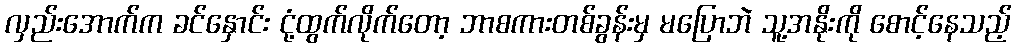
လှည်းအောက်က ခင်နှောင်း ငုံ့ထွက်လိုက်တော့ ဘာစကားတစ်ခွန်းမှ မပြောဘဲ သူ့အနိုးကို စောင့်နေသည့်